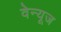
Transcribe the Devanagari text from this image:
वेन्यूज